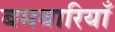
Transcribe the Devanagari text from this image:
बमबारियाँ